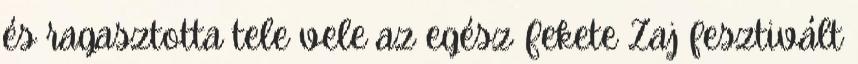
és ragasztotta tele vele az egész Fekete Zaj fesztivált